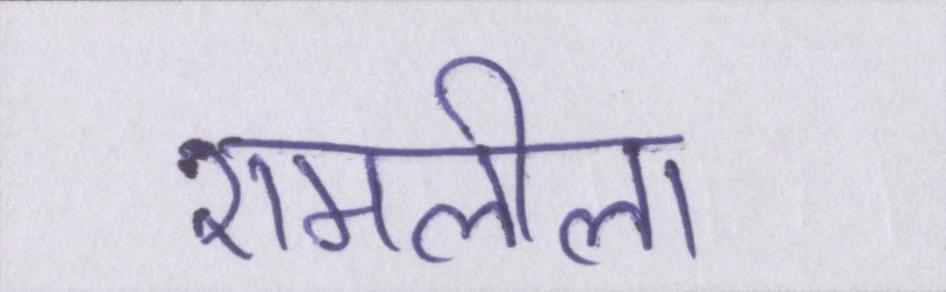
रामलीला